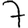
Digit: 7